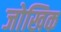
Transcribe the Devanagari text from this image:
जोखिक